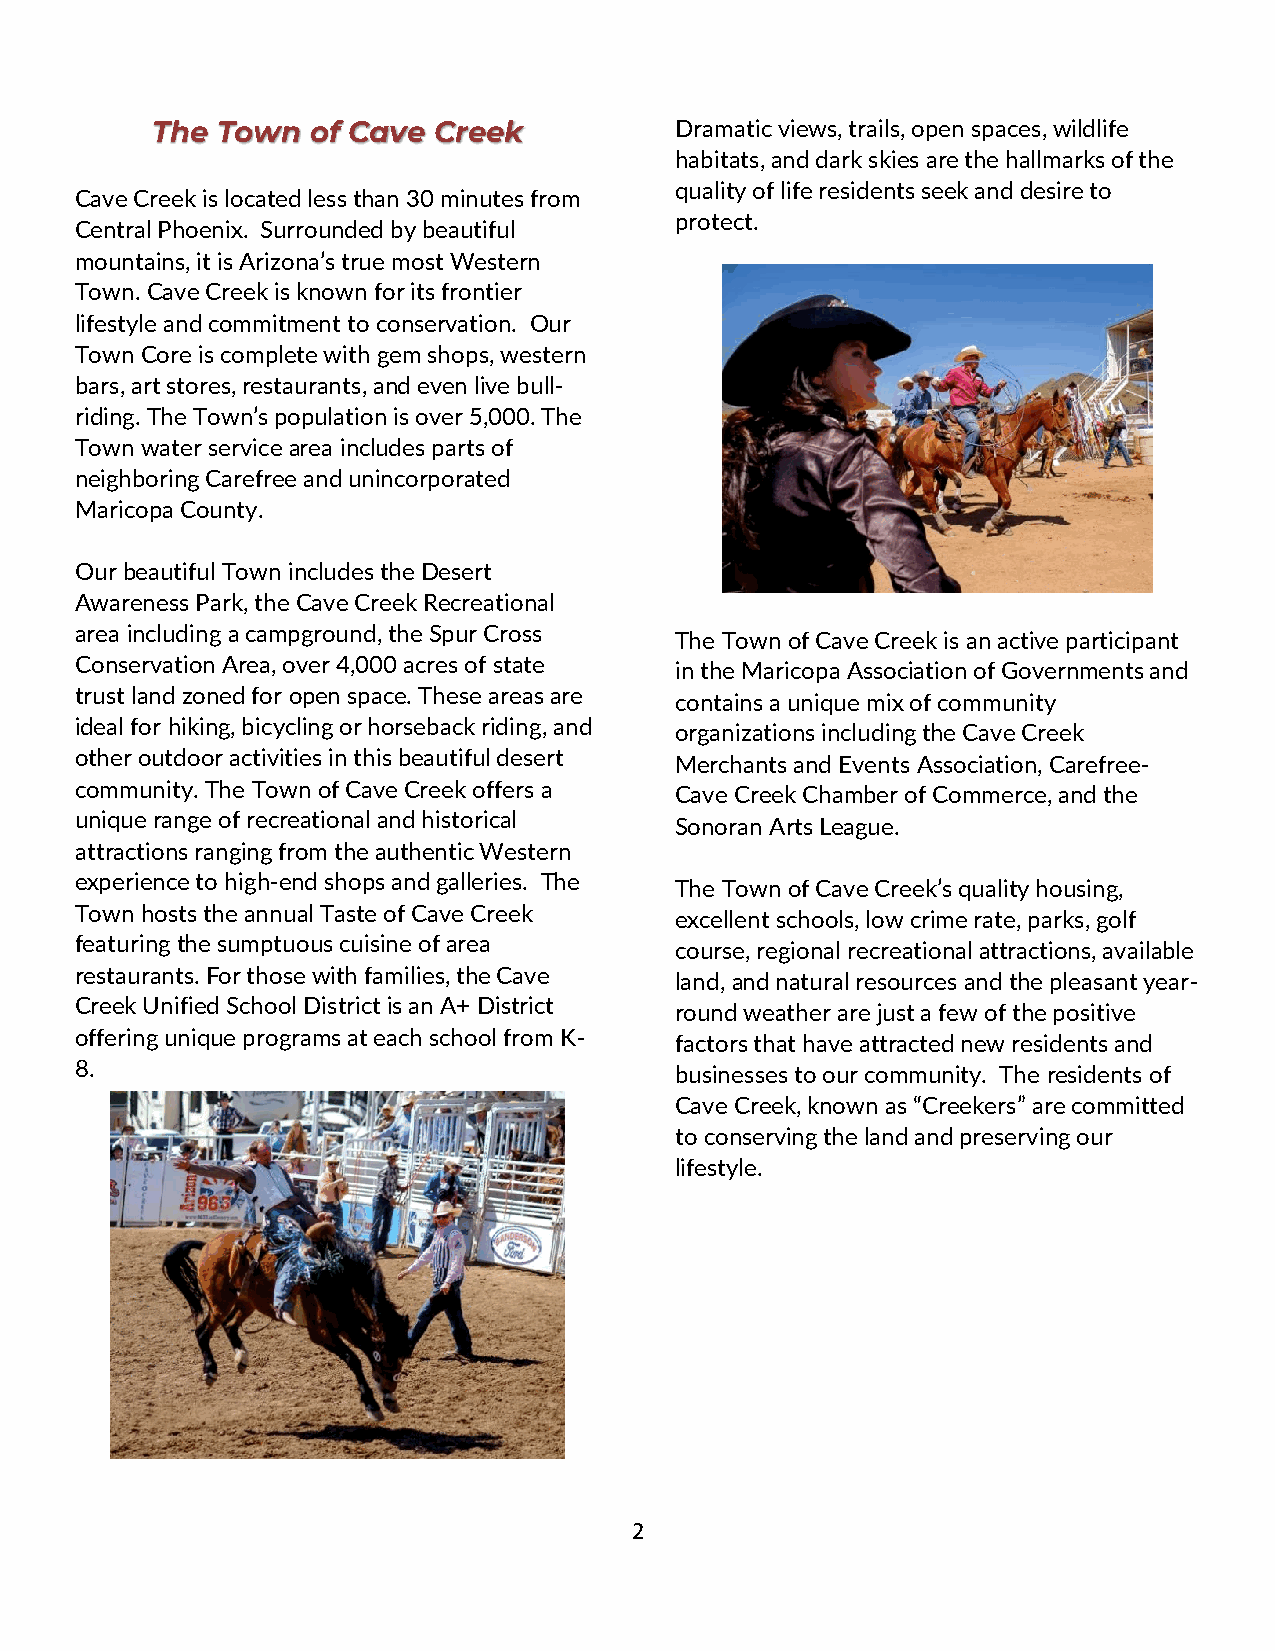
The Town  of Cave  Creek           Dramatic views, trails, open spaces, wildlife
 habitats, and dark skies are the hallmarks of the
 quality of life residents seek and desire to
 Cave Creek is located less than 30 minutes from
 protect.
 Central Phoenix. Surrounded by beautiful
 mountains, it is Arizona’s true most Western
 Town. Cave Creek is known for its frontier
 lifestyle and commitment to conservation. Our
 Town Core is complete with gem shops, western
 bars, art stores, restaurants, and even live bull-
 riding. The Town’s population is over 5,000. The
 Town water service area includes parts of
 neighboring Carefree and unincorporated
 Maricopa County.
 Our beautiful Town includes the Desert
 Awareness Park, the Cave Creek Recreational
 area including a campground, the Spur Cross The Town of Cave Creek is an active participant
 Conservation Area, over 4,000 acres of state in the Maricopa Association of Governments and
 trust land zoned for open space. These areas are contains a unique mix of community
 ideal for hiking, bicycling or horseback riding, and
 organizations including the Cave Creek
 other outdoor activities in this beautiful desert Merchants and Events Association, Carefree-
 community. The Town of Cave Creek offers a Cave Creek Chamber of Commerce, and the
 unique range of recreational and historical Sonoran Arts League.
 attractions ranging from the authentic Western
 experience to high-end shops and galleries. The The Town of Cave Creek’s quality housing,
 Town hosts the annual Taste of Cave Creek excellent schools, low crime rate, parks, golf
 featuring the sumptuous cuisine of area course, regional recreational attractions, available
 restaurants. For those with families, the Cave land, and natural resources and the pleasant year-
 Creek Unified School District is an A+ District round weather are just a few of the positive
 offering unique programs at each school from K- factors that have attracted new residents and
 8.                                      businesses to our community. The residents of
 Cave Creek, known as “Creekers” are committed
 to conserving the land and preserving our
 lifestyle.
 2